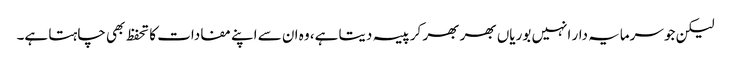
لیکن جو سرمایہ دار انہیں بوریاں بھر بھر کر پیسہ دیتا ہے، وہ ان سے اپنے مفادات کا تحفظ بھی چاہتا ہے۔